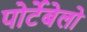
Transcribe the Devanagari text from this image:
पोर्टेबेलो